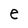
Character: e